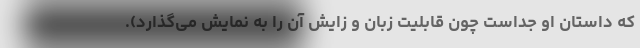
که داستان او جداست چون قابلیت زبان و زایش آن را به نمایش می‌گذارد).